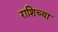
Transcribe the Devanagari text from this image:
राशिच्या